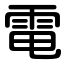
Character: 電